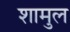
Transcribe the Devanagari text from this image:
शामुल